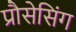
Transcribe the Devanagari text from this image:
प्रौसेसिंग